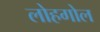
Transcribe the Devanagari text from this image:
लोहगोल